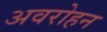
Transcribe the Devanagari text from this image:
अवरोहन